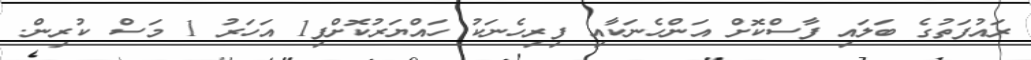
ރައުފަތުގެ ބަލައި ފާސްކޮށް އަންހެނަކާއި ފިރިހެނަކު ހައްޔަރުކޮށްފި1 އަހަރު 1 މަސް ކުރިން.